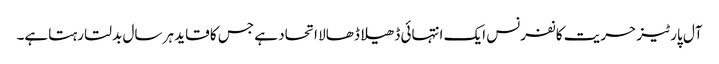
آل پارٹیز حریت کانفرنس ایک انتہائی ڈھیلا ڈھالا اتحاد ہے جس کا قاید ہر سال بدلتا رہتاہے۔